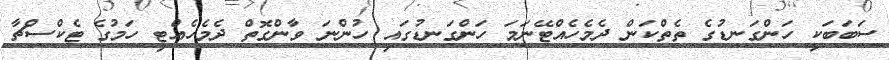
ސަބަބަކީ ހަންގަނޑުގެ ތެތްކަން ދެމެހެއްޓޭނަމަ ހަންގަނޑުގައި ހުންނަ ވާންގޮތް ދެމެހެއްޓި ހަމުގެ ޓެކްސްޗާ